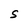
Character: S